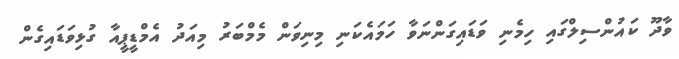
ވާދޫ ކައުންސިލްގައި ހިމެނި ވަޑައިގަންނަވާ ހަމައެކަނި މިނިވަން މެމްބަރު މިއަދު އެމްޑީޕީއާ ގުޅިވަޑައިގެން